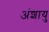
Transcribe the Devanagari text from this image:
अंशायु